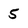
Character: 5